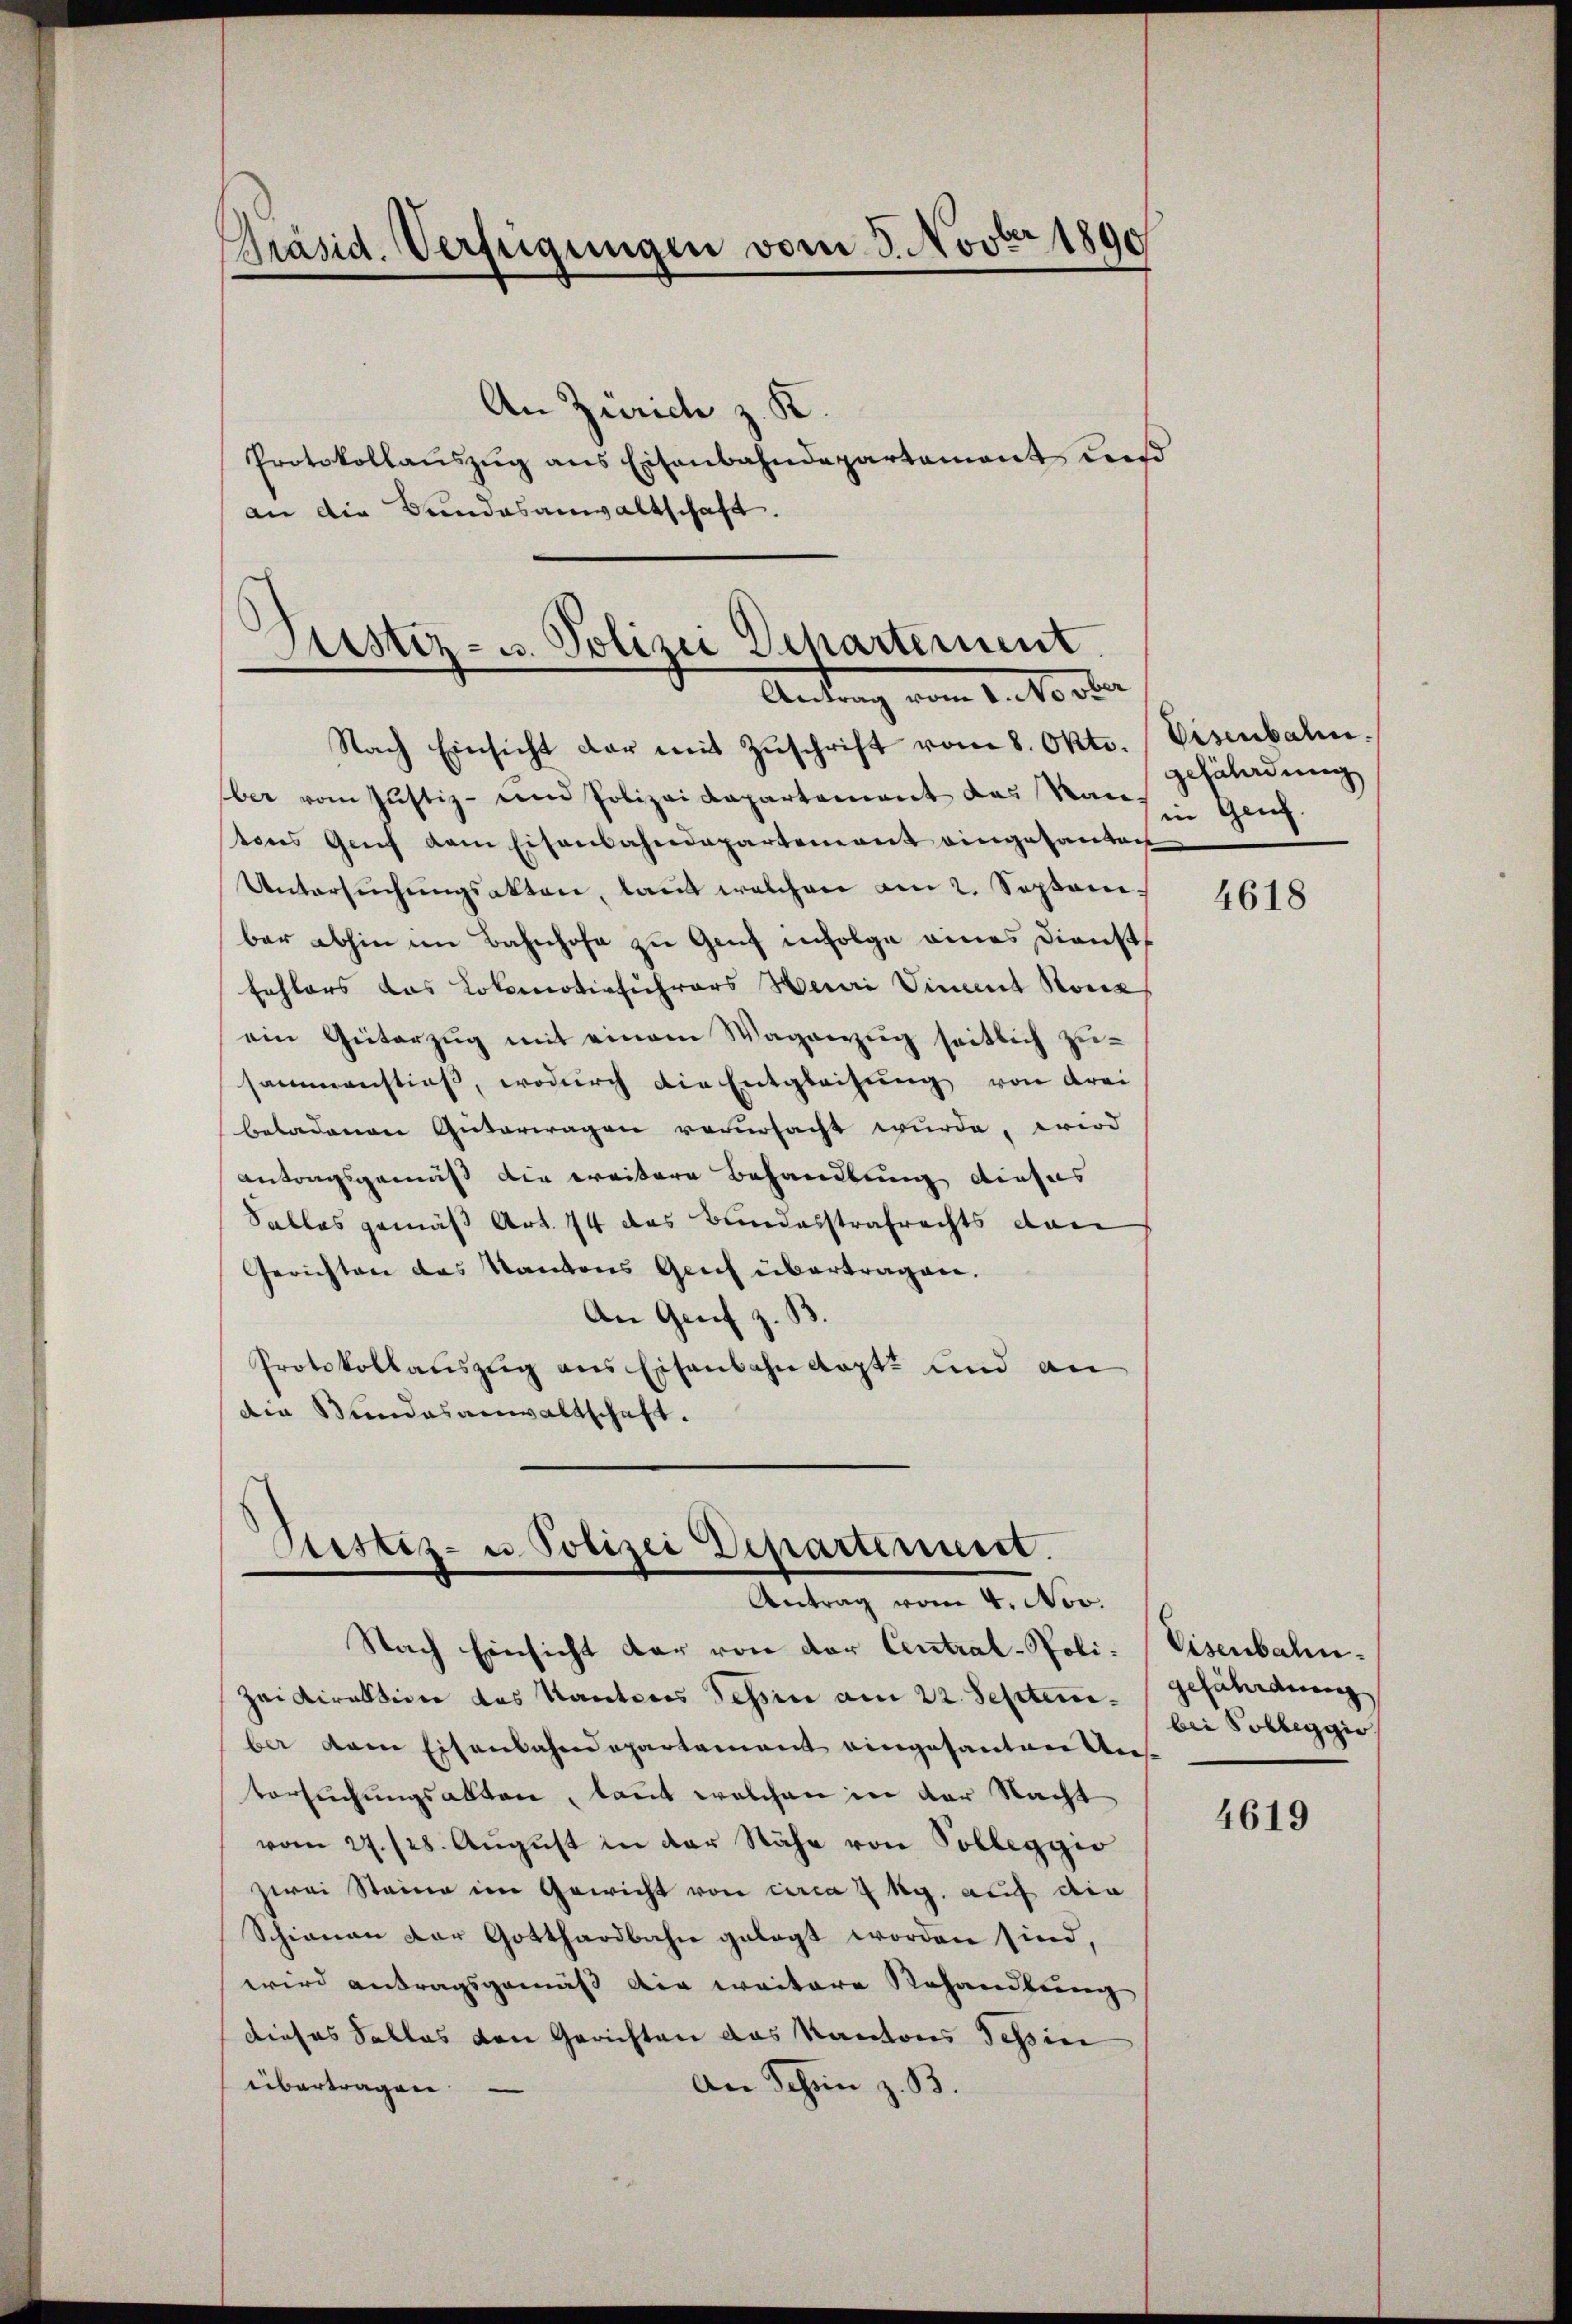
An Zürich z. K.
Protokollaŭszŭg ans Eisenbahndepartament ausd
an die Bundesanwaltschaft.

Präsid. Verfügungen vom 3. Novbr 1890

Justiz- u. Polizei Departement
Amlung vom 1. M. aber

Sistiz- u Polizei Departinuirt.
Antrag vom 4. Nov.

Nach Einsicht der mit Zŭschrift vom 8. Okt.
ber vom Justiz - am Polizeidepartement das Rautores Genf dem Eisenbahndepartement eingesanten
Untersŭchŭngsakten, laut welchen am 2. Septem
ber abhin im Bahnhofe zu Genf infolge eines Dienst
Eahlors das Lokomotivführers Haari Vinet Konz
ein Güterzŭg mit einem Wagnezŭg seitlich zu-
sammenstieß, wodurch die Entgleichung von drei
beladenen Güterwagen verursacht wurde, wird
antragsgemäß die weitere Behandlung dieses
Salles gemäß Art. 74 das Bundesstrafrechts dan
Gerichten des Kantons Glich übertragen.
An Genf z. B.
Protokollauszug aus Eisenbahnkopt und an
die Bundesanwaltschaft.

Nach Einsicht der von der Central-Poli-Visenbahnzeidirektion des Kantons Tessin am 22. September dem Eisenbahndepartement eingesanten Ans
versuchungsakten, kannt welchen in der Nacht
vom 27. 128. August in der Nähe von Sollegie
zwei Steine im Gewicht von circa 4 kg. auf die
Schienen der Gotthardbahn gelegt worden sind,
wird antragsgemäss die weitere Rehandlung
dieses Falles den Gerichten das Kantons Tessin
An Schein z. B.
übertragen.

Visenbahn.
gefährdung
in Genf.

4618

gefährdung
bei Solleggio

4619